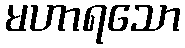
မဟာရသော